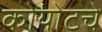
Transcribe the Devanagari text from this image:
कोयोटचे